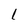
Character: l